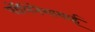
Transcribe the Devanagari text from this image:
पॉलिनेशायाई